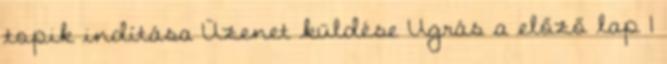
topik indítása Üzenet küldése Ugrás a előző lap 1